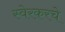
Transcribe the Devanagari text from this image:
स्वेरकरचे